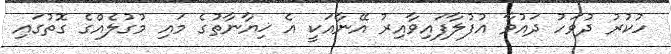
ހުކުރު ދުވަހު ދައުވާ އުފުލާފައިވާއިރު އޭނާއަކީ އެ ޚިޔާނާތުގެ މައި މުގުލެއްގެ ގޮތުގައި